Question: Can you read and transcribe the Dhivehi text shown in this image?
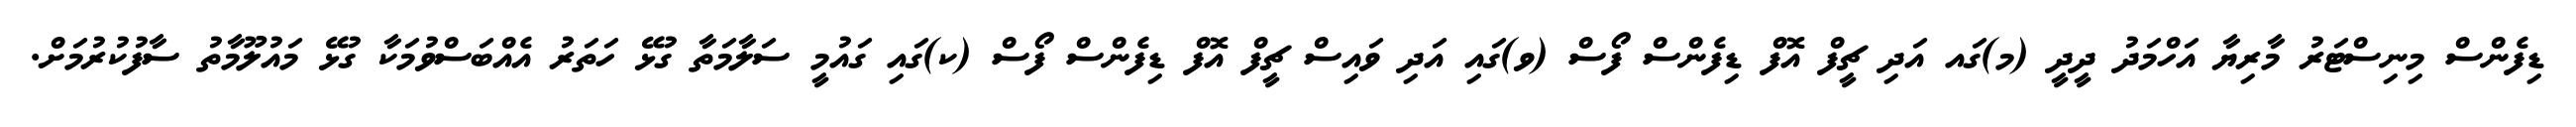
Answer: ޑިފެންސް މިނިސްޓަރު މާރިޔާ އަހްމަދު ދީދީ (މ)ގައ އަދި ޗީފް އޮފް ޑިފެންސް ފޯސް (ވ)ގައި އަދި ވައިސް ޗީފް އޮފް ޑިފެންސް ފޯސް (ކ)ގައި ގައުމީ ސަލާމަތާ ގުޅޭ ހަތަރު އެއްބަސްވުމަކާ ގުޅޭ މައުލޫމާތު ސާފުކުރުމަށް.